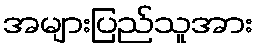
အများပြည်သူအား